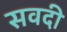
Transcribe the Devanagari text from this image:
सवदी